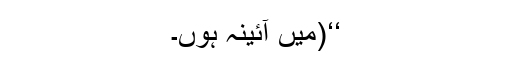
‘‘(میں آئینہ ہوں۔